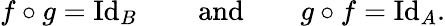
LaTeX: f\circ g=\operatorname{Id}_{B}\qquad{\mathrm{and}}\qquad g\circ f=\operatorname{Id}_{A}.